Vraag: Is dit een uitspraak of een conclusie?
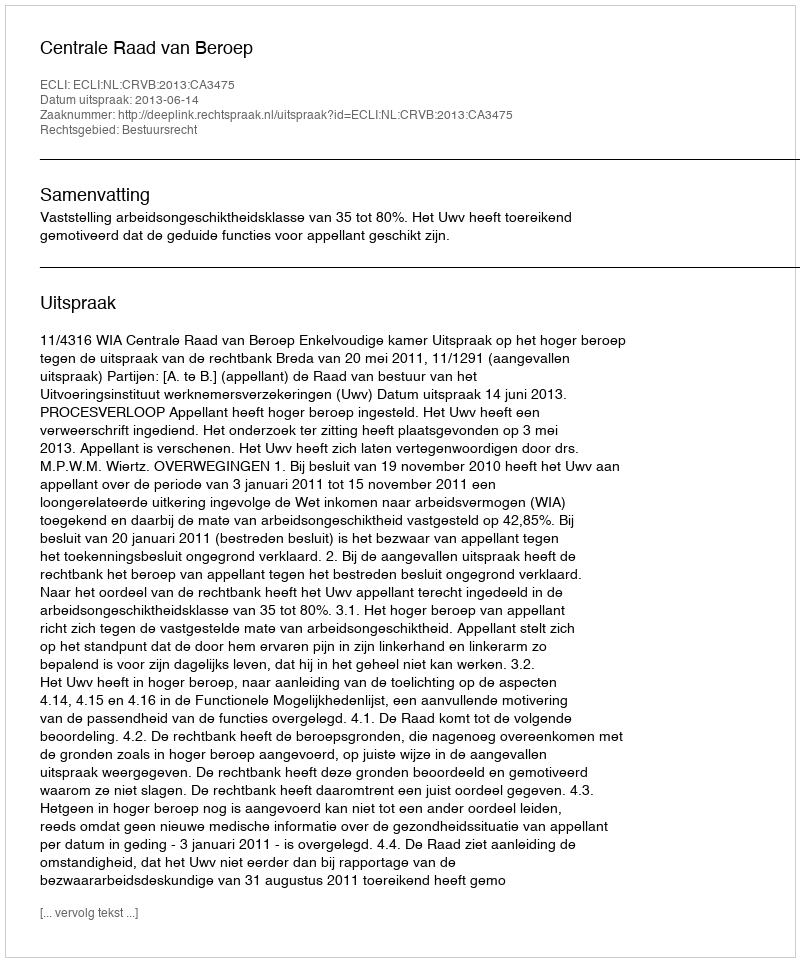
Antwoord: Uitspraak